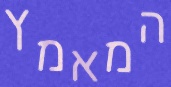
המאמץ